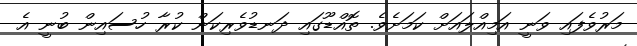
މަރުވެފައި ވަނީ އަމިއްލައަށް ކަމަށެވެ. ތޮއްޑޫގައި ދަނޑުވެރިކަން ކުރާ ހުސައިން ބުނީ އެ